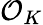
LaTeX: {\mathcal{O}}_{K}